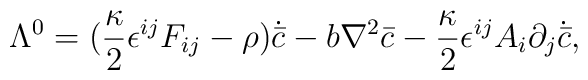
\Lambda^{0}=(\frac{\kappa}{2}\epsilon^{ij}F_{ij}-\rho)\dot{{\bar c}}-b\nabla^2 {\bar c}-\frac{\kappa}{2}\epsilon^{ij}A_i\partial_j\dot{{\bar c}},